Indian journal of veterinary science and animal husbandry - Volumes 15-17, 1948-1951
Year: 1948
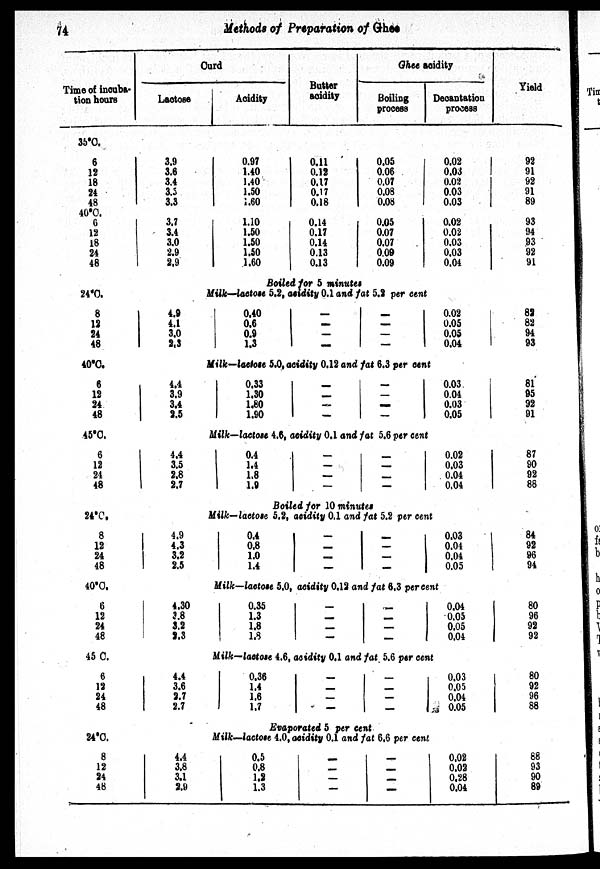
74
Methods of Preparation of Ghee
Time of incuba-
tion hours
35°C.
6
12
18
24
48
40°C.
6
12
18
24
48
24°C.
8
12
24
48
40°C.
6
12
24
48
45°C.
6
12
24
48
24°C.
8
12
24
48
40°C.
6
12
24
48
45°C.
6
12
24
48
24°C.
8
12
24
48
Curd
Lactose
3.9
3.6
3.4
3.5
3.3
3.7
3.4
3.0
2.9
2.9
Acidity
0.97
1.40
1.40
1.50
1.60
1.10
1.50
1.50
1.50
1.60
Butter
acidity
0.11
0.12
0.17
0.17
0.18
0.14
0.17
0.14
0.13
0.13
Ghee acidity
Boiling
process
0.05
0.06
0.07
0.08
0.08
0.05
0.07
0.07
0.09
0.09
Decantation
process
0.02
0.03
0.02
0.03
0.03
0.02
0.02
0.03
0.03
0.04
Yield
92
91
92
91
89
93
94
93
92
91
Boiled for 5 minutes
Milk—lactose 5.2, acidity 0.1 and fat 5.2 per cent
4.9
4.1
3.0
2.3
0.40
0.6
0.9
1.3
—
—
—
—
—
—
—
—
0.02
0.05
0.05
0.04
Milk—lactose 5.0, acidity 0.12 and fat 6.3 per cent
4.4
3.9
3.4
2.5
0.33
1.30
1.80
1.90
—
—
—
—
—
—
—
—
0.03
0.04
0.03
0.05
82
82
94
93
81
95
92
91
Milk—lactose 4.6, acidity 0.1 and fat 5.6 per cent
4.4
3.5
2.8
2.7
0.4
1.4
1.8
1.9
—
—
—
—
—
—
—
—
0.02
0.03
0.04
0.04
87
90
92
88
Boiled for 10 minutes
Milk—lactose 5.2, acidity 0.1 and fat 5.2 per cent
4.9
4.3
3.2
2.5
0.4
0.8
1.0
1.4
—
—
—
—
—
—
—
—
0.03
0.04
0.04
0.05
84
92
96 94
Milk—lactose 5.0, acidity 0.12 and fat 6.3 percent
4.30
3.8
3.2
8.3
0.35
1.3
1.8
1.8
—
—
—
—
—
—
—
0.04
0.05
0.05
0.04
80
96
92
92
Milk—lactose 4.6, acidity 0.1 and fat 5.6 per cent
4.4
3.6
2.7
2.7
0.36
1.4
1.6
1.7
—
—
—
—
—
—
—
—
Evaporated 5 per cent
0.03
0.05
0.04
0.05
80
92
96
88
Milk—lactose 4.0, acidity 0.1 and fat 6.6 per cent
4.4
3.8
3.1
2.9
0.5
0.8
1.2
1.3
—
—
—
—
—
—
—
—
0.02
0.02
0.28
0.04
88
93
90
89